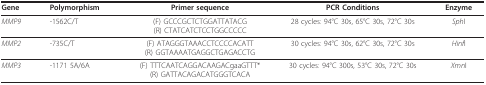
<table><thead><tr><td><b>Gene</b></td><td><b>Polymorphism</b></td><td><b>Primer sequence</b></td><td><b>PCR Conditions</b></td><td><b>Enzyme</b></td></tr></thead><tbody><tr><td><i>MMP9</i></td><td>-1562C/T</td><td>(F) GCCCGCTCTGGATTATACG(R) CTATCATCTCCTGGCCCCC</td><td>28 cycles: 94°C 30s, 65°C 30s, 72°C 30s</td><td><i>Sph</i>I</td></tr><tr><td><i>MMP2</i></td><td>-735C/T</td><td>(F) ATAGGGTAAACCTCCCCACATT(R) GGTAAAATGAGGCTGAGACCTG</td><td>30 cycles: 94°C 30s, 62°C 30s, 72°C 30s</td><td><i>Hinf</i>I</td></tr><tr><td><i>MMP3</i></td><td>-1171 5A/6A</td><td>(F) TTTCAATCAGGACAAGACgaaGTTT*(R) GATTACAGACATGGGTCACA</td><td>30 cycles: 94°C 300s, 53°C 30s, 72°C 30s</td><td><i>Xmn</i>I</td></tr></tbody></table>